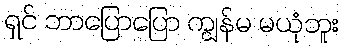
ရှင် ဘာပြောပြော ကျွန်မ မယုံဘူး